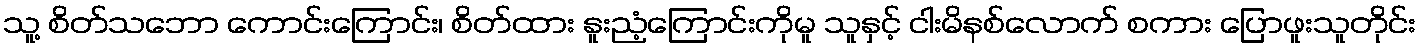
သူ့ စိတ်သဘော ကောင်းကြောင်း၊ စိတ်ထား နူးညံ့ကြောင်းကိုမူ သူနှင့် ငါးမိနစ်လောက် စကား ပြောဖူးသူတိုင်း